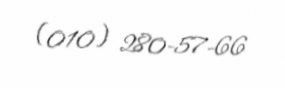
(010) 280-57-66